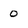
Character: o